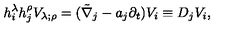
h _ { i } ^ { \lambda } h _ { j } ^ { \rho } V _ { \lambda ; \rho } = ( \tilde { \nabla } _ { j } - a _ { j } \partial _ { t } ) V _ { i } \equiv D _ { j } V _ { i } ,